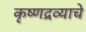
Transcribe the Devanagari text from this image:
कृष्णद्रव्याचे